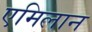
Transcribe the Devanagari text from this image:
एमिलान